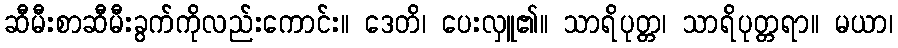
ဆီမီးစာဆီမီးခွက်ကိုလည်းကောင်း။ ဒေတိ၊ ပေးလှူ၏။ သာရိပုတ္တ၊ သာရိပုတ္တရာ။ မယာ၊